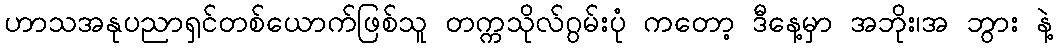
ဟာသအနုပညာရှင်တစ်ယောက်ဖြစ်သူ တက္ကသိုလ်ဂွမ်းပုံ ကတော့ ဒီနေ့မှာ အဘိုး၊အ ဘွား နဲ့